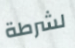
لشرطة